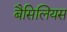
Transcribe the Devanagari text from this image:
बैसिलियस